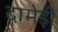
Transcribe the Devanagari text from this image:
दामेड़ी